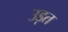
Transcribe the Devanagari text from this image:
उड़त